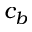
c _ { b }